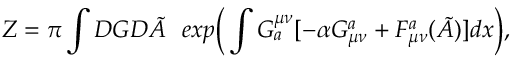
Z = \pi \int { \cal D } G { \cal D } \tilde { A } ~ ~ e x p \bigg ( \int G _ { a } ^ { \mu \nu } [ - \alpha G _ { \mu \nu } ^ { a } + F _ { \mu \nu } ^ { a } ( \tilde { A } ) ] d x \bigg ) ,